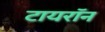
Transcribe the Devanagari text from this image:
टायराॅन